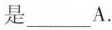
是___A.